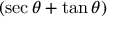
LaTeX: ( \sec \theta + \tan \theta )